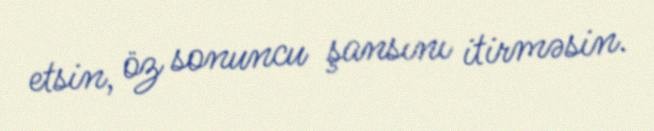
etsin, öz sonuncu şansını itirməsin.